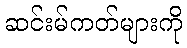
ဆင်းမ်ကတ်များကို